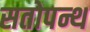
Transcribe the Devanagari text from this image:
सतोपन्थ